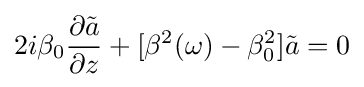
2i\beta _{0}{\frac {\partial {\tilde {a}}}{\partial z}}+[\beta ^{2}(\omega )-\beta _{0}^{2}]{\tilde {a}}=0